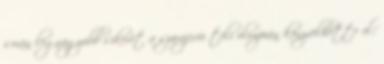
során legnagyobb sikerét a szarajevói téli olimpián könyvelhette el: